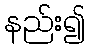
နည်း၍